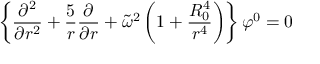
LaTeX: \left\{ { \frac { \partial ^ { 2 } } { \partial r ^ { 2 } } } + { \frac { 5 } { r } } { \frac { \partial } { \partial r } } + \tilde { \omega } ^ { 2 } \left( 1 + { \frac { R _ { 0 } ^ { 4 } } { r ^ { 4 } } } \right) \right\} \varphi ^ { 0 } = 0